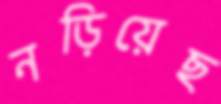
নড়িয়েছ